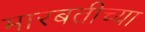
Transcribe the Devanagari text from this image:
मारबतीच्या